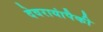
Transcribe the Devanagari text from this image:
देवरायांपैकी